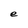
Character: e